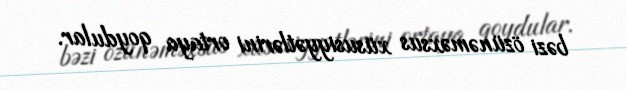
bəzi özünəməxsus xüsusiyyətlərini ortaya qoydular.